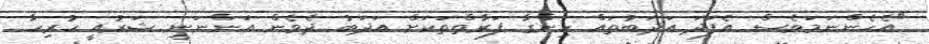
"އެހެންނަމަވެސް އެފަދަ އަދަބުތައް ހިންގާ ފަރާތްތަކަށް އަދަބު ދެވެން އަންނަނީ ޝަރުއީ ހުރިހާ